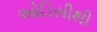
ઓડિસીથી